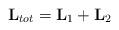
LaTeX: \begin{align*}{\bf L}_{tot} = {\bf L}_1 + {\bf L}_2\end{align*}